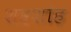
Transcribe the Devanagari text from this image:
शहशांह